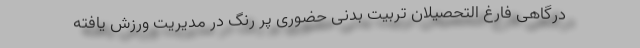
درگاهی فارغ التحصیلان تربیت بدنی حضوری پر رنگ در مدیریت ورزش یافته